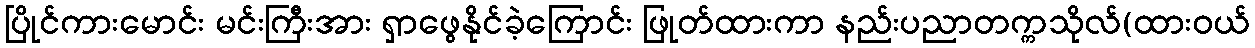
ပြိုင်ကားမောင်း မင်းကြီးအား ရှာဖွေနိုင်ခဲ့ကြောင်း ဖြုတ်ထားကာ နည်းပညာတက္ကသိုလ်(ထားဝယ်